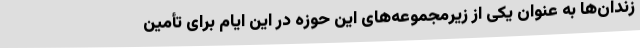
زندان‌ها به عنوان یکی از زیرمجموعه‌های این حوزه در این ایام برای تأمین